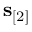
{ \mathbf s } _ { [ 2 ] }